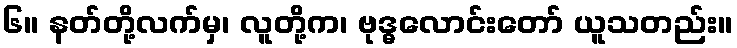
၆။ နတ်တို့လက်မှ၊ လူတို့က၊ ဗုဒ္ဓလောင်းတော် ယူသတည်း။